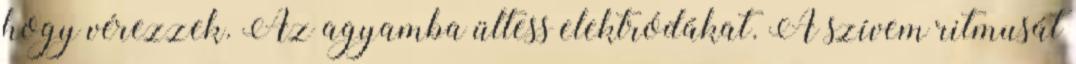
hogy vérezzek. Az agyamba ültess elektródákat. A szívem ritmusát